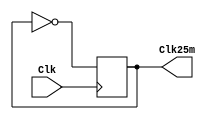
module ClkDiv(
	input Clk,
	output Clk25m);


	reg r_Clk = 0;

	assign Clk25m = r_Clk;

always@(posedge Clk) 
begin
	r_Clk = ~r_Clk;
end


endmodule